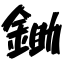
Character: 鋤